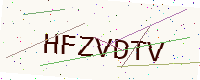
Text: HFZVDTV